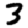
Digit: 3